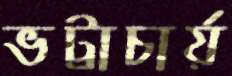
ভট্টাচার্য়